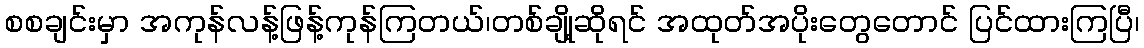
စစချင်းမှာ အကုန်လန့်ဖြန့်ကုန်ကြတယ်၊တစ်ချို့ဆိုရင် အထုတ်အပိုးတွေတောင် ပြင်ထားကြပြီ၊